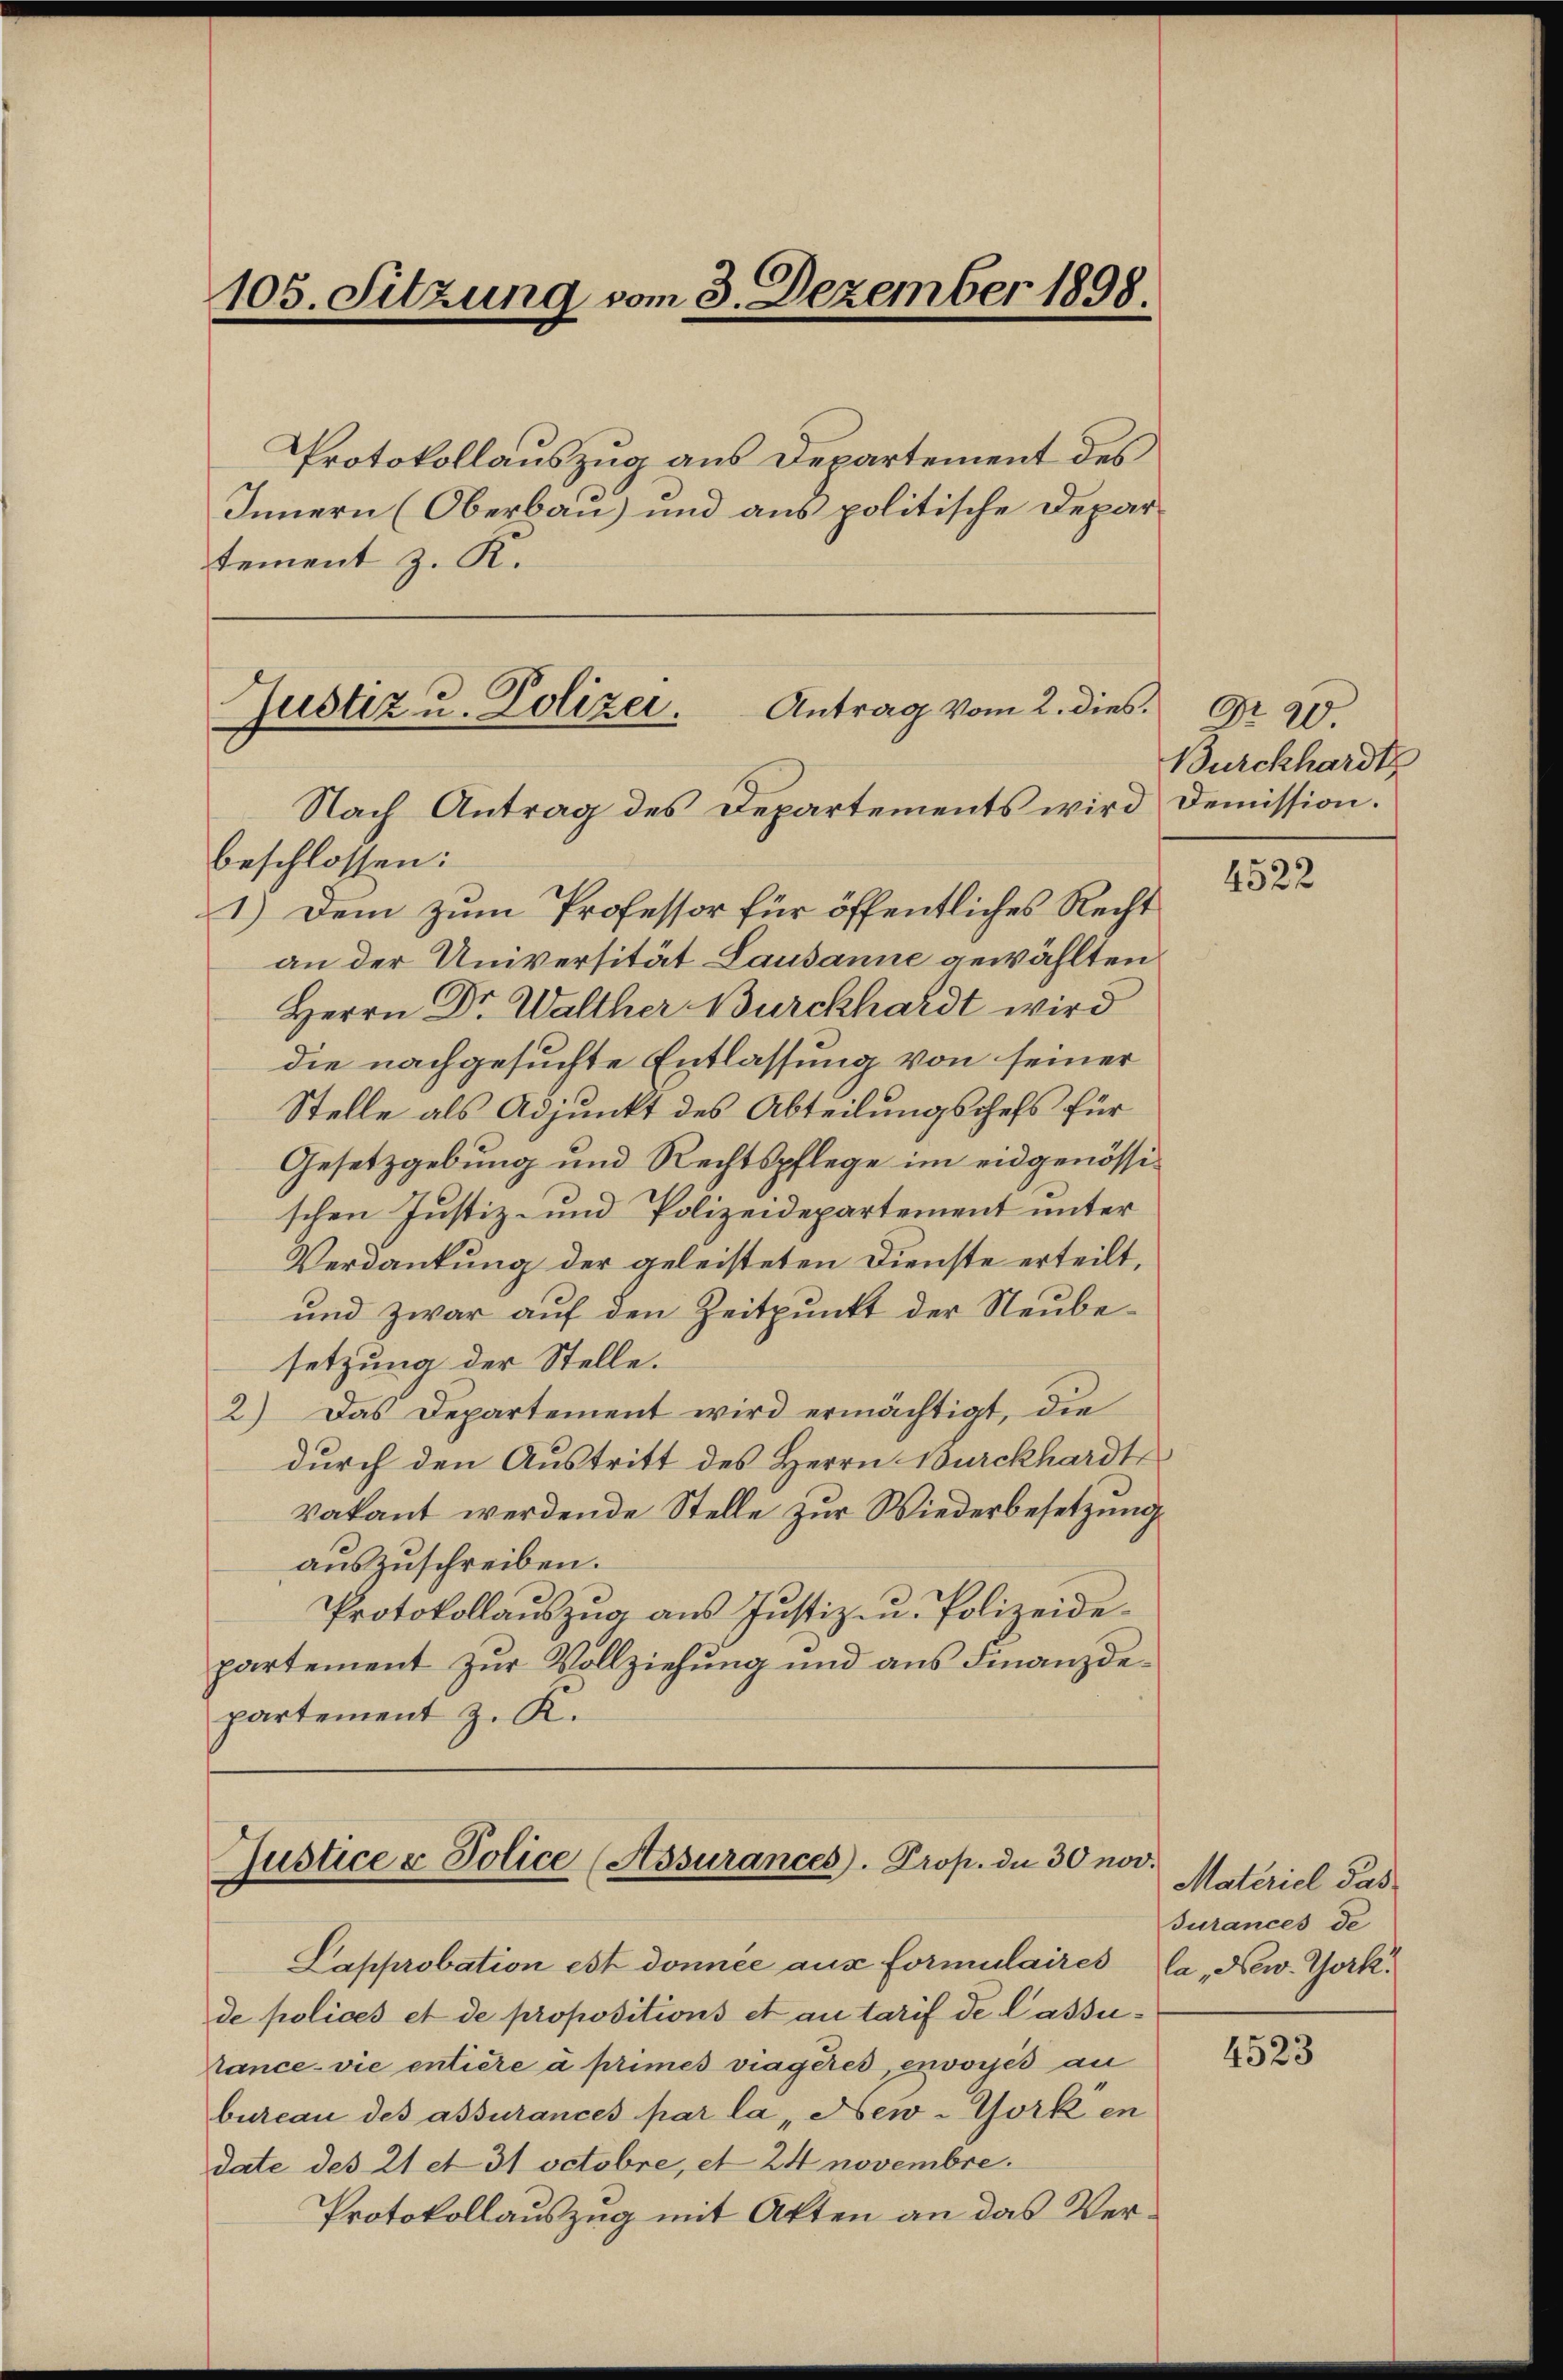
105. Sitzung vom 3. Dezember 1898

Protokollauszug aus Departement des
Innern (Oberbau) und aus politische Departement z. R.

Antrag vom 2. dies.
Justiz u. Polizei.
Nach Antrag des Departements wird

beschlossen:
1.) Dem zum Professor für öffentliches Recht
an der Universität Lausanne gewählten
Herrn Dr. Walther Burckhardt wird
die nachgesuchte Entlassung von seiner
Stelle als Adjunkt des Abteilungschefs für
Gesetzgebung und Rechtspflege im eidgenössischen Justiz- und Polizeidepartement unter
Verdankung der geleisteten Dienste erteilt,
ŭnd zwar aŭf den Zeitpunkt der Neŭbe-
setzung der Stelle.
2) Das Departement wird ermächtigt, die
durch den Austritt des Herrn Burckhardt
Vakant werdende Stelle zur Wiederbesetzung
auszuschreiben.
Protokollauszug aus Justiz- u. Polizeidepartement zur Vollziehung und aus Finanzdepartement z. K.

Justice & Police (Assurances. Prop. da 30 nov.

Lapprobation est donnée aus formulaires la New York
de polices et de propositions et au tarif de lassutance vie entière à primes viagères, envoyés au
bureau des assurances par la „New-York en
date des 21 et 31 octobre, et 24 novembre.
Protokollauszug mit Akten an das Ver¬

Nr. 20.
Burckhardts
Demission.

4522

Materiel das
durances de

4523